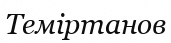
Теміртанов